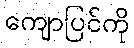
ကျောပြင်ကို